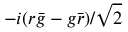
- i ( r { \bar { g } } - g { \bar { r } } ) / { \sqrt { 2 } }